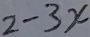
2 - 3 x